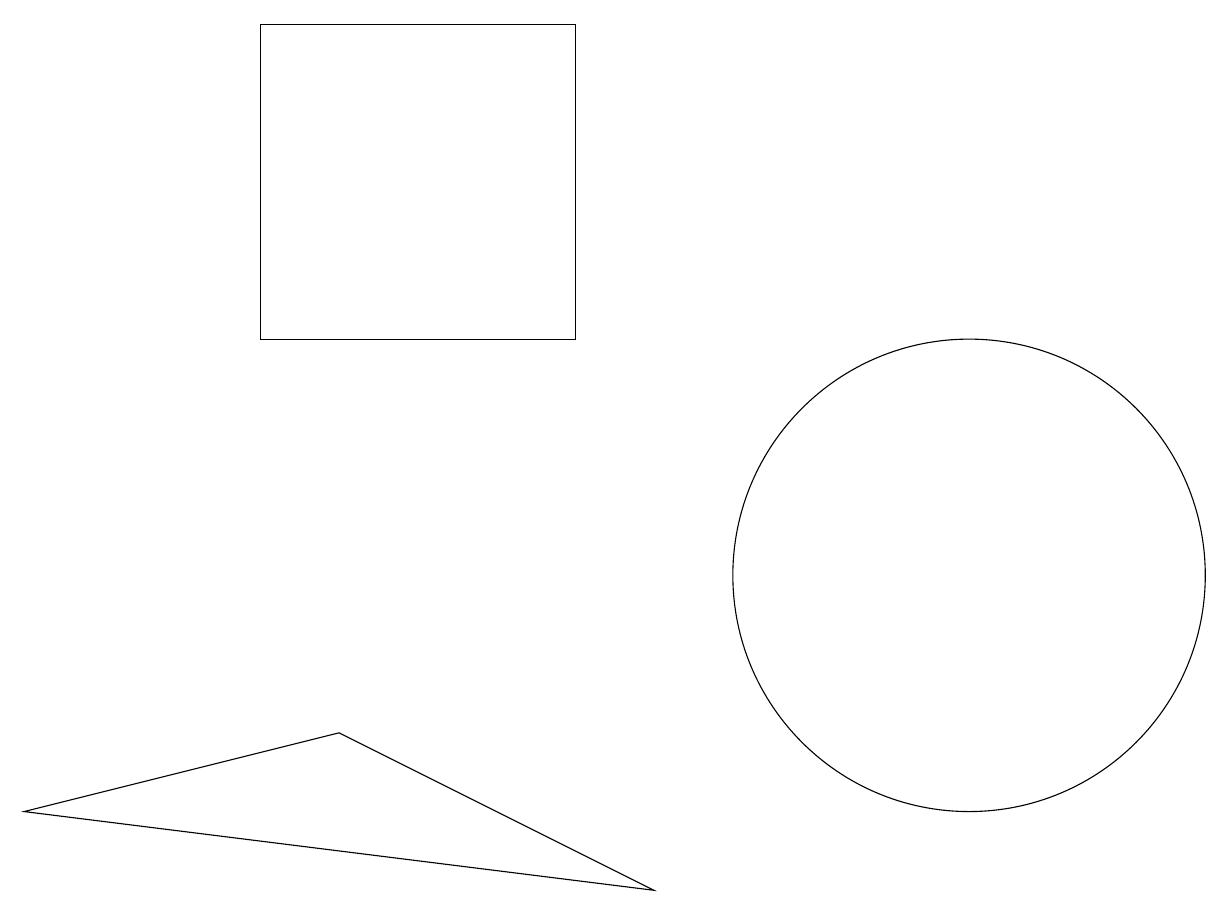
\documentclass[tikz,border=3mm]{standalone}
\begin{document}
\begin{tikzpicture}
\draw (7,17) rectangle (3,13);
\draw (4,8) -- (8,6) -- (0,7) -- cycle;
\draw (12,10) circle (3);
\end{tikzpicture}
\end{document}